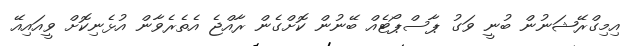
އިމިގްރޭޝަނުން ބުނީ ވަގު ޕާސްޕޯޓެއް ބޭނުން ކޮށްގެން ރާއްޖެ އެތެރެވާން އުޅެނިކޮށް ވީއައިއޭ